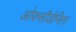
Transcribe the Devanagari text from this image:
ओक्सीडेनिल